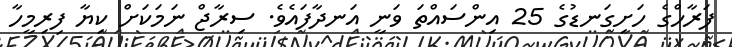
ފަރާހްގެ ހަށިގަނޑުގެ 25 އިންސައްތަ ވަނީ އަނދާފައެވެ. ސިރާޖް ނަމަކަށް ކިޔާ ފިރިމީހާ